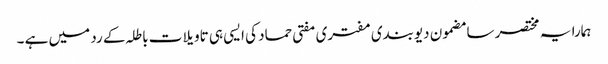
ہمارا یہ مختصر سا مضمون دیوبندی مفتری مفتی حماد کی ایسی ہی تاویلات باطلہ کے رد میں ہے ۔